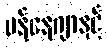
မန်နေဂျာနှင့်